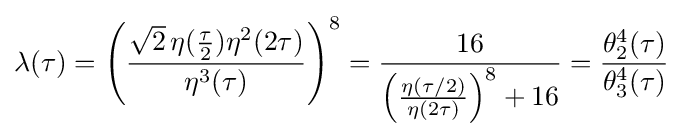
\lambda (\tau )={\Bigg (}{\frac {{\sqrt {2}}\,\eta ({\tfrac {\tau }{2}})\eta ^{2}(2\tau )}{\eta ^{3}(\tau )}}{\Bigg )}^{8}={\frac {16}{\left({\frac {\eta (\tau /2)}{\eta (2\tau )}}\right)^{8}+16}}={\frac {\theta _{2}^{4}(\tau )}{\theta _{3}^{4}(\tau )}}